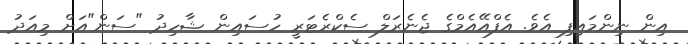
އިން ނިންމައިފި އެވެ. އެފްއޭއެމްގެ ޖެނެރަލް ސެކްރެޓަރީ ހުސައިން ޝާހިދު "ސަން"އަށް މިއަދު